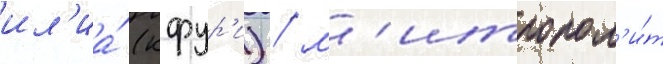
ил'иа́ (кфур'и) / м'итропол'и́т